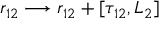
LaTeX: r _ { 1 2 } \longrightarrow r _ { 1 2 } + [ \tau _ { 1 2 } , L _ { 2 } ]